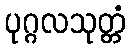
ပုဂ္ဂလသုတ္တံ